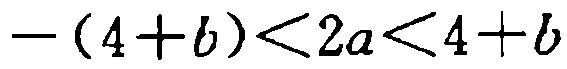
\(-(4 + b) < 2a < 4 + b\)